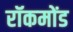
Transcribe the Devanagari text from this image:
रॉकमोंड